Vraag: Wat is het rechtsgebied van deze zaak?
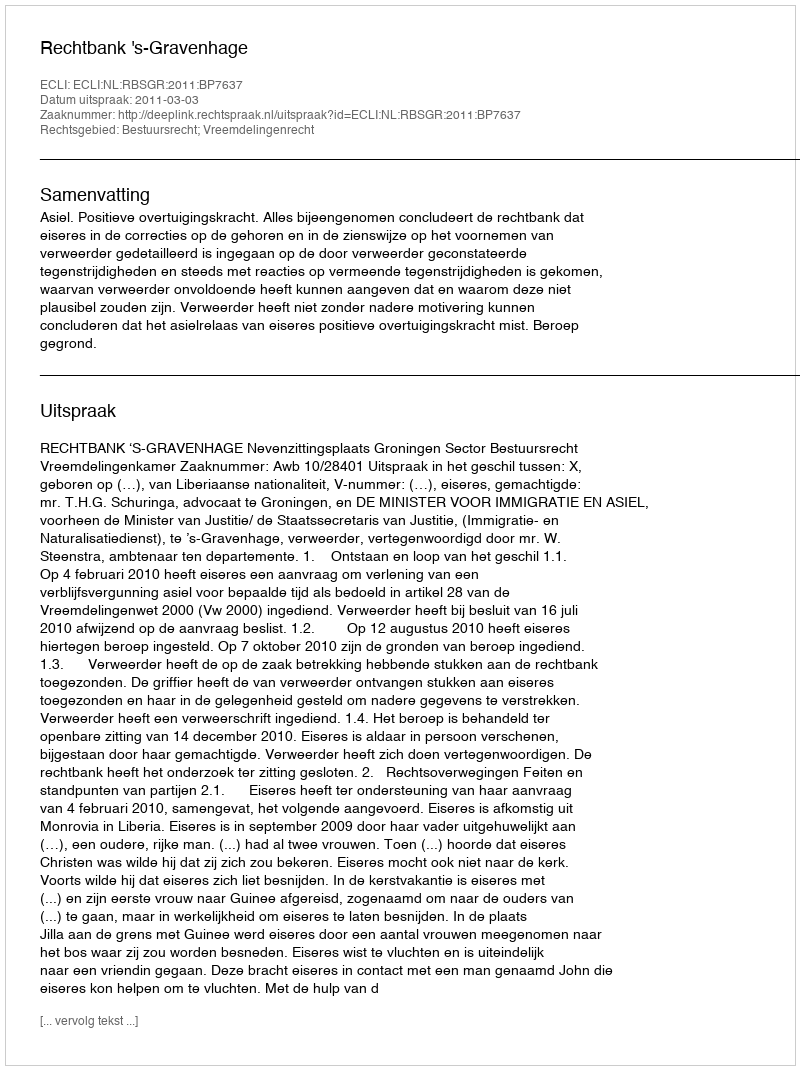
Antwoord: Bestuursrecht; Vreemdelingenrecht